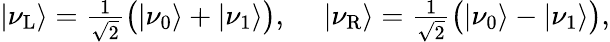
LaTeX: \begin{array}{r}{|\nu_{\mathrm{L}}\rangle=\frac{1}{\sqrt{2}}\big(|\nu_{0}\rangle+|\nu_{1}\rangle\big),~~~~~|\nu_{\mathrm{R}}\rangle=\frac{1}{\sqrt{2}}\big(|\nu_{0}\rangle-|\nu_{1}\rangle\big),}\end{array}